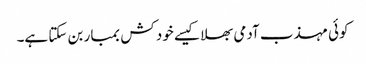
کوئی مہذب آدمی بھلا کیسے خود کش بمبار بن سکتا ہے۔